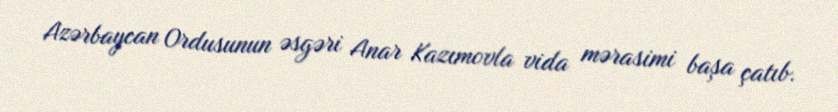
Azərbaycan Ordusunun əsgəri Anar Kazımovla vida mərasimi başa çatıb.